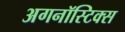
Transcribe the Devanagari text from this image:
अगनॉस्टिक्स